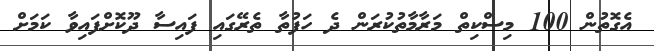
އެގޮތުން 100 މިސްކިތް މަރާމާތުކުރަން ދެ ހަފުތާ ތެރޭގައި ފައިސާ ދޫކޮށްފައިވާ ކަމަށް